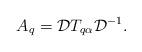
LaTeX: \begin{align*} A_q= \mathcal{D}T_{q\alpha} \mathcal{D}^{-1}.\end{align*}